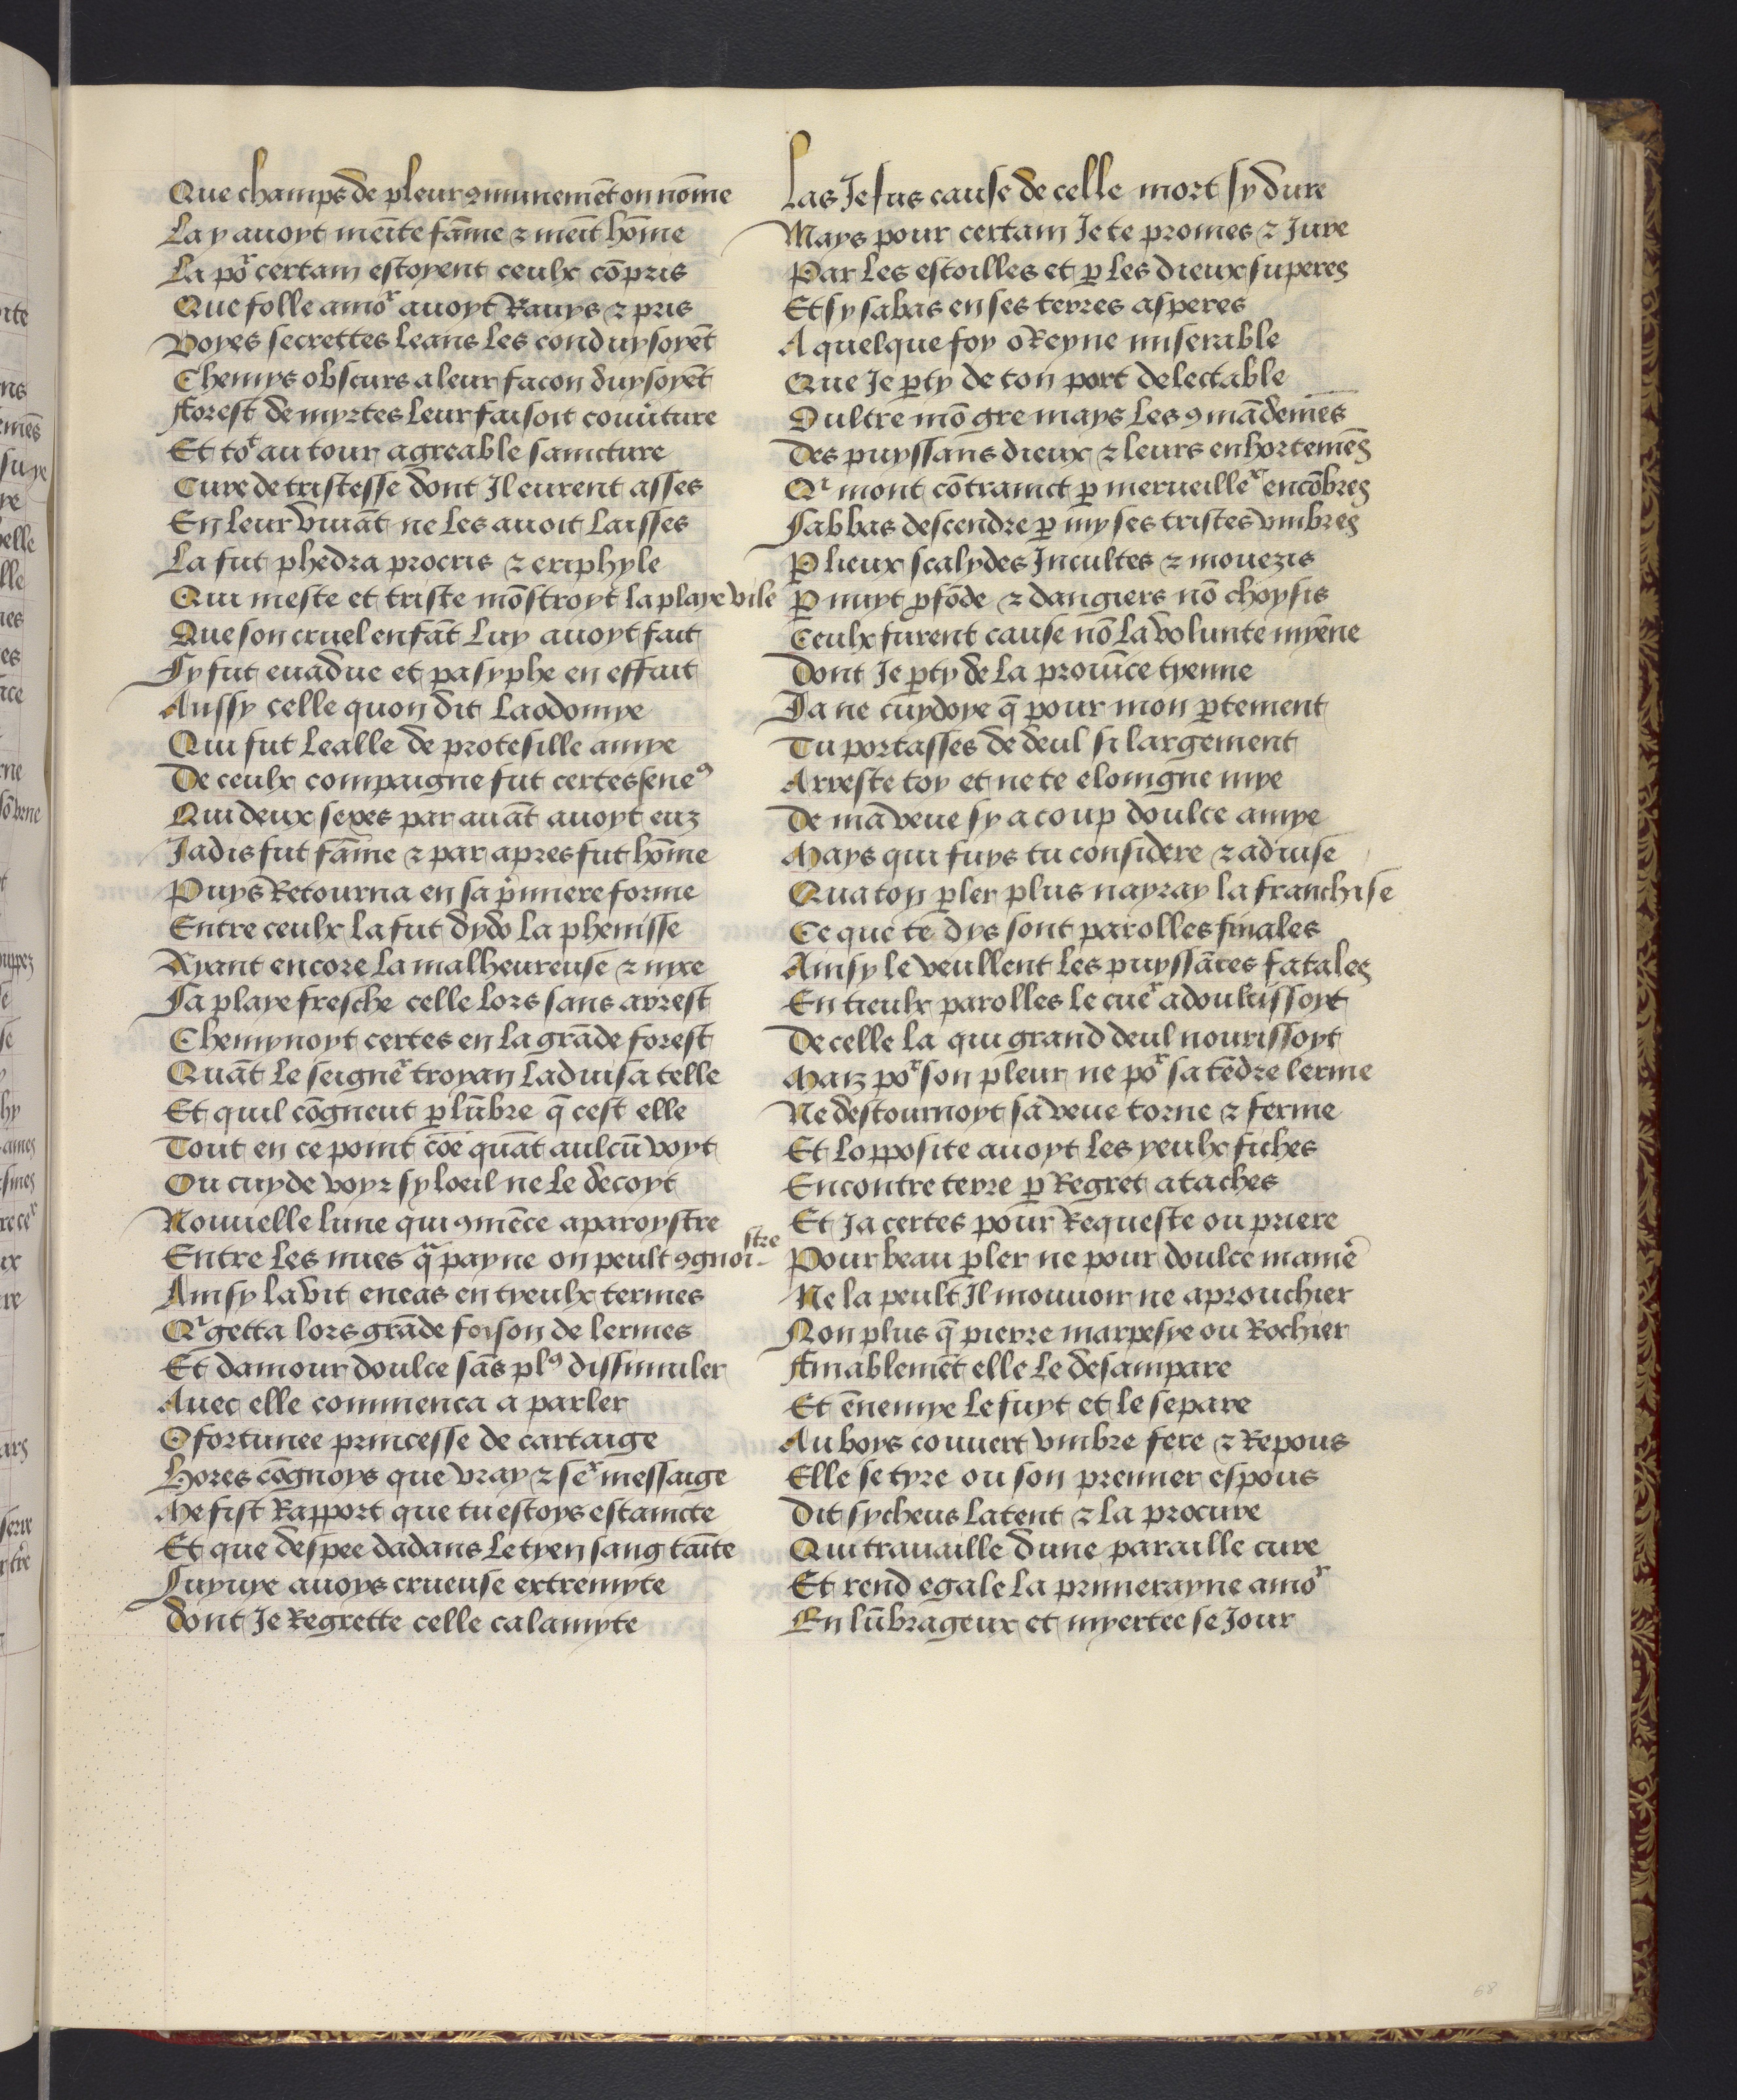
Shelfmark: Philadelphia, University of Pennsylvania, codex 909
Century: 15